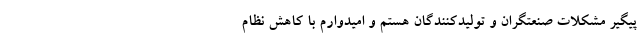
پیگیر مشکلات صنعتگران و تولیدکنندگان هستم و امیدوارم با کاهش نظام